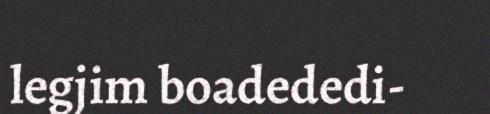
legjim boadededi-